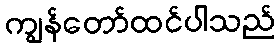
ကျွန်တော်ထင်ပါသည်